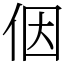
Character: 𪜶